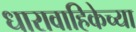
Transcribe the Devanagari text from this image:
धारावाहिकेच्या